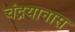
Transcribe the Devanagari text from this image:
चंद्रयानास